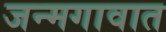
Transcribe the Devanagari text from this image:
जन्मगावात